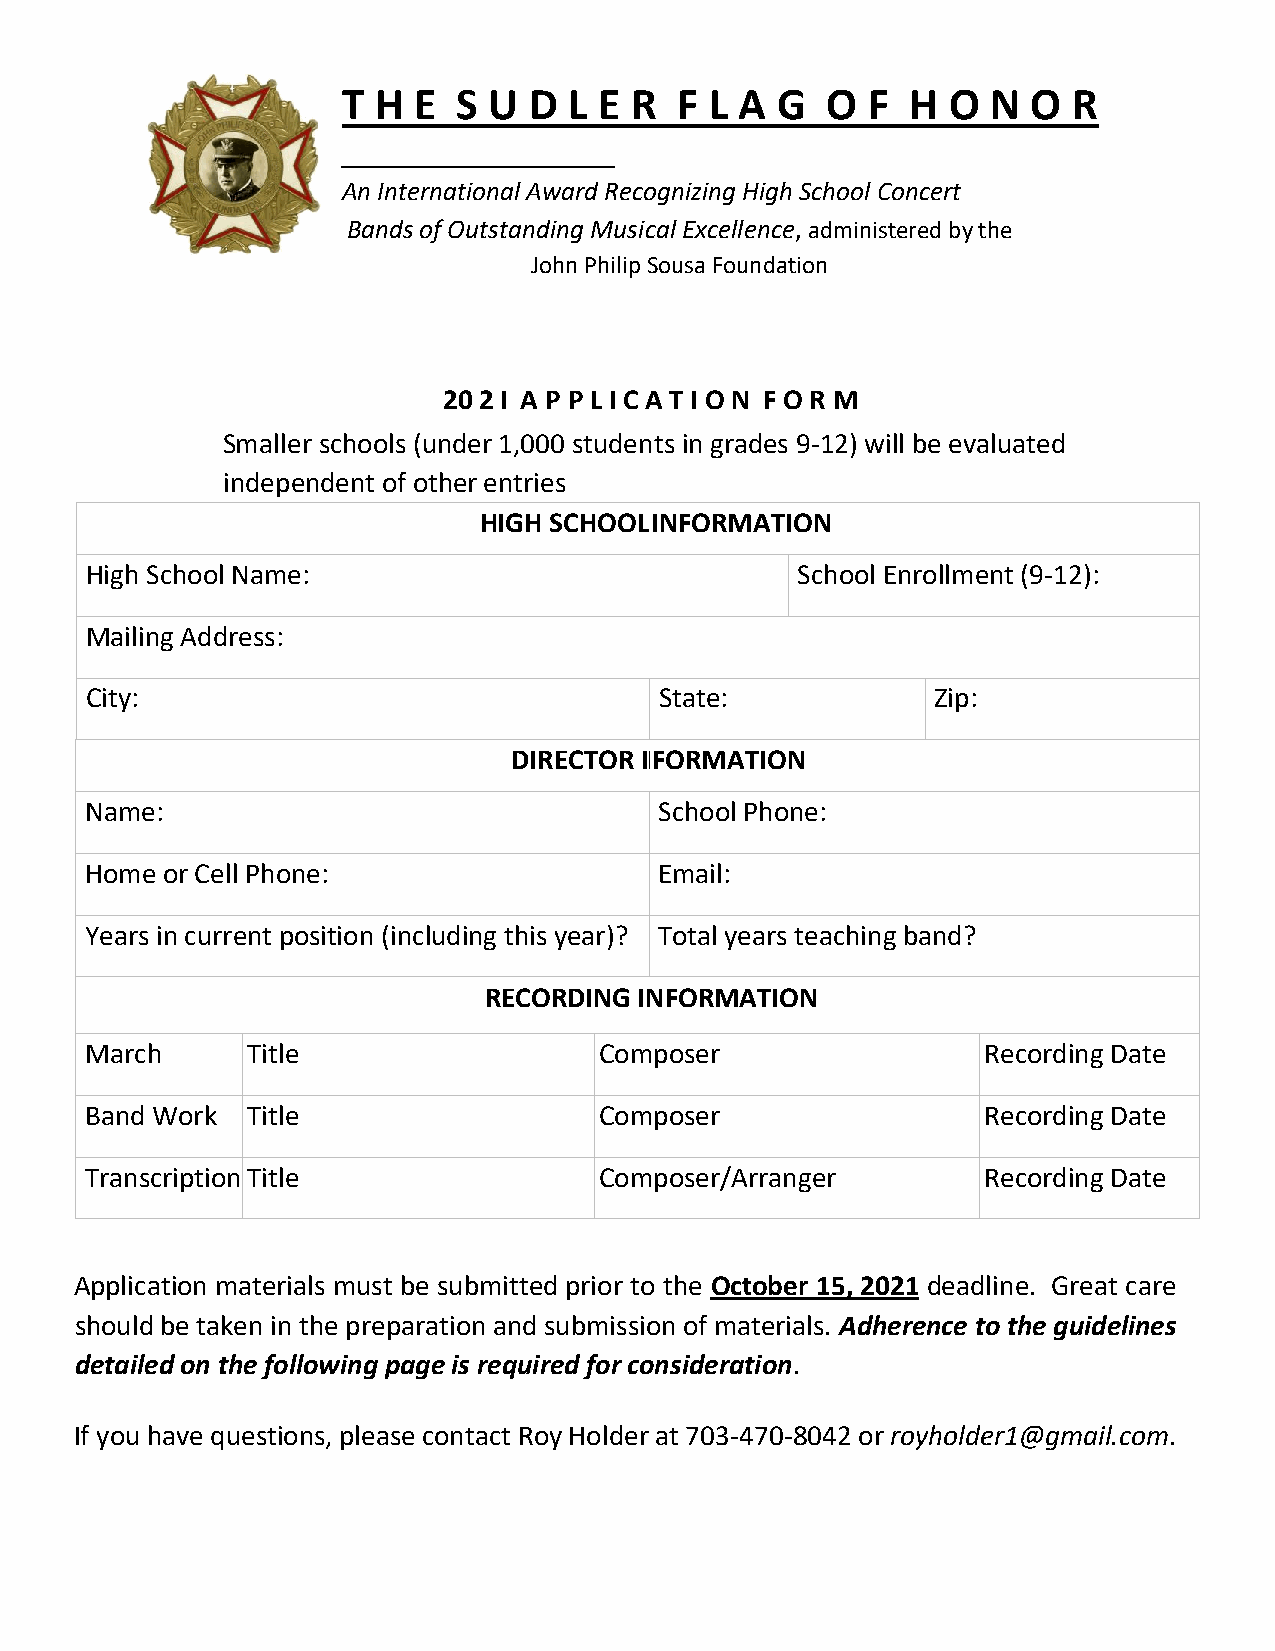
T H E  S U  D  L E R  F L A G   O F  H  O  N O  R
 An International Award Recognizing High School Concert
 Bands of Outstanding Musical Excellence, administered by the
 John Philip Sousa Foundation
 20 2 I A P P L I C A T I O N F O R M
 Smaller schools (under 1,000 students in grades 9-12) will be evaluated
 independent of other entries
 HIGH SCHOOL INFORMATION
 High School Name:                              School Enrollment (9-12):
 Mailing Address:
 City:                                 State:            Zip:
 DIRECTORN I FORMATION
 Name:                                 School Phone:
 Home or Cell Phone:                   Email:
 Years in current position (including this year)? Total years teaching band?
 RECORDI NG INFORMATION
 March     Title                   Composer                 Recording Date
 Band Work Title                   Composer                 Recording Date
 Transcription Title               Composer/Arranger        Recording Date
 Application materials must be submitted prior to the October 15, 2021 deadline. Great care
 should be taken in the preparation and submission of materials. Adherence to the guidelines
 detailed on the following page is required for consideration.
 If you have questions, please contact Roy Holder at 703-470-8042 or royholder1@gmail.com.